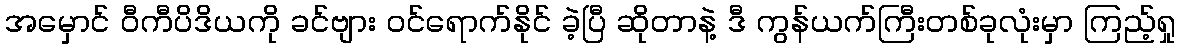
အမှောင် ဝီကီပိဒိယကို ခင်ဗျား ဝင်ရောက်နိုင် ခဲ့ပြီ ဆိုတာနဲ့ ဒီ ကွန်ယက်ကြီးတစ်ခုလုံးမှာ ကြည့်ရှု